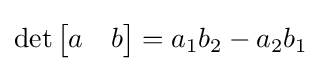
\det {\begin{bmatrix}a&b\end{bmatrix}}=a_{1}b_{2}-a_{2}b_{1}